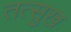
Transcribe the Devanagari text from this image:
तत्सुख